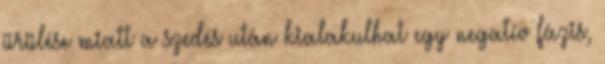
ürülése miatt a szedés után kialakulhat egy negatív fázis,